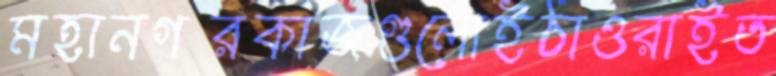
মহানগরকাজগুলোইঠাওরাইত